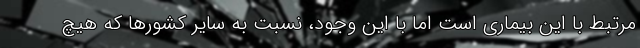
مرتبط با این بیماری است اما با این وجود، نسبت به سایر کشورها که هیچ